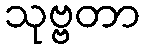
သုဗ္ဗတာ